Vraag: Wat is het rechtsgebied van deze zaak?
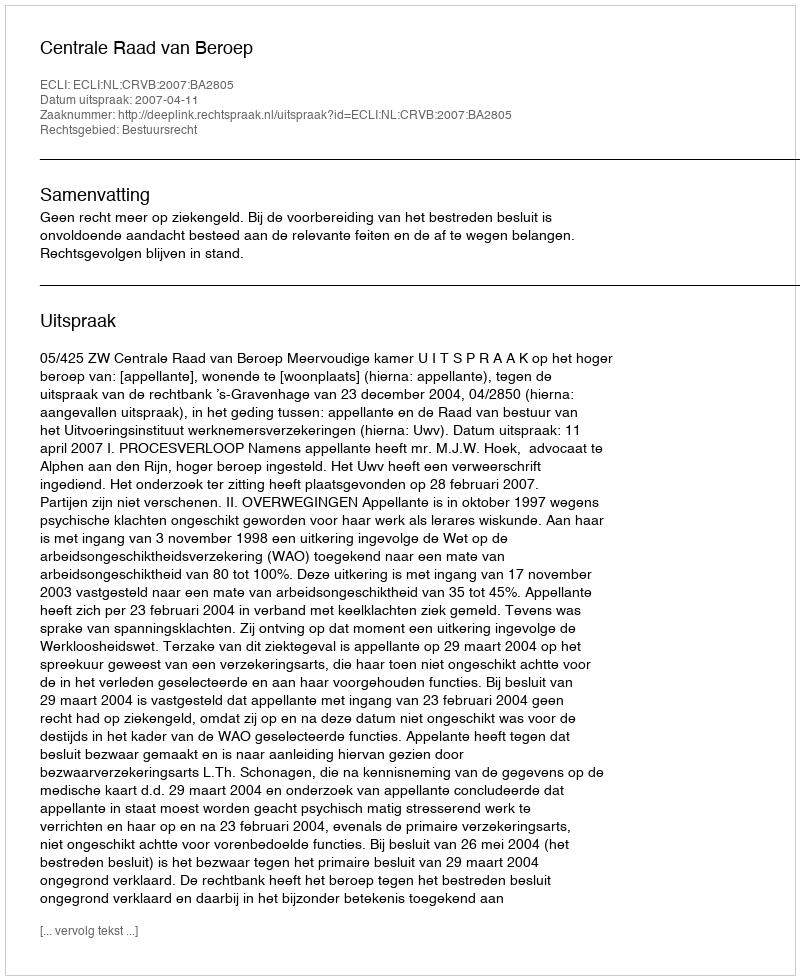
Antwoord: Bestuursrecht